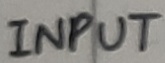
Text: INPUT